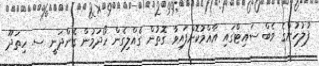
ފުލުހުންގެ ވެބް ސައިޓްގައި އާއްމުކޮށްފައިވާ ގޮތުން ގެއްލިގެން ހޯދަމުން ގެންދަނީ ސ. ހިތަދޫ